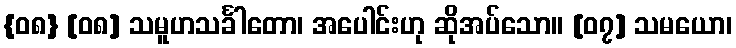
{၀၈} [၀၈] သမူဟသင်္ခါတော၊ အပေါင်းဟု ဆိုအပ်သော။ [၀၇] သမယော၊